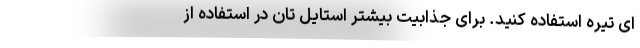
ای تیره استفاده کنید. برای جذابیت بیشتر استایل تان در استفاده از